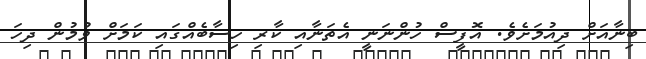
ބިނާއަށް ދިއުމަށެވެ. އޮފީސް ހުންނަނީ އެތަނާއި ކާރި ހިސާބެއްގައި ކަމަށް ވުމުން ދިހަ